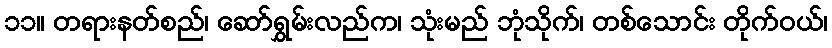
၁၁။ တရားနတ်စည်၊ ဆော်ရွှမ်းလည်က၊ သုံးမည် ဘုံသိုက်၊ တစ်သောင်း တိုက်ဝယ်၊